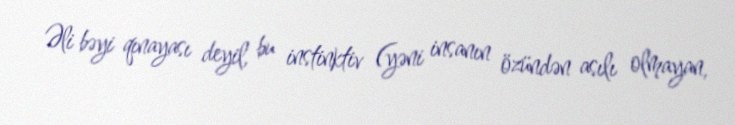
Əli bəyi qınayası deyil, bu instinktiv (yəni insanın özündən asılı olmayan,